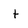
Character: t